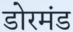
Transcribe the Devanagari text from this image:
डोरमंड